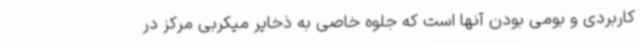
کاربردی و بومی بودن آنها است که جلوه خاصی به ذخایر میکربی مرکز در